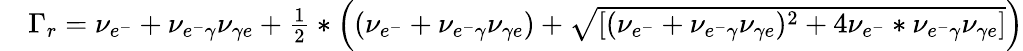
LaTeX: \begin{array}{rl}&{\Gamma_{r}=\nu_{e^{-}}+\nu_{e^{-}\gamma}\nu_{\gamma e}+\frac{1}{2}\ast\left((\nu_{e^{-}}+\nu_{e^{-}\gamma}\nu_{\gamma e})+\sqrt{[(\nu_{e^{-}}+\nu_{e^{-}\gamma}\nu_{\gamma e})^{2}+4\nu_{e^{-}}\ast\nu_{e^{-}\gamma}\nu_{\gamma e}]}\right)}\end{array}